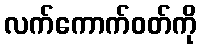
လက်ကောက်ဝတ်ကို